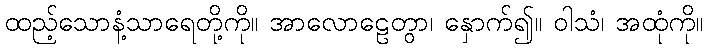
ထည့်သောနံ့သာရေတို့ကို။ အာလောဠေတွာ၊ နှောက်၍။ ဝါသံ၊ အထုံကို။